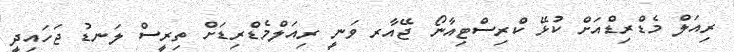
ރިއަލް މެޑްރިޑްއަށް ކުޅޭ ކްރިސްޓިއާނޯ ޖޭއާރ ވަނީ ރިއަލްމެޑްރިޑަށް ތިރީސް ލަނޑު ޖަހައިދީ